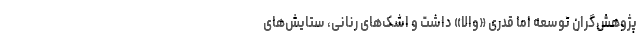
پژوهش‌گران توسعه اما قدری «والا» داشت و اشک‌های رنانی، ستایش‌های